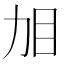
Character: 𱲤